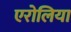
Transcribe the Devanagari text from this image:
एरोलिया